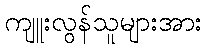
ကျူးလွန်သူများအား